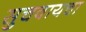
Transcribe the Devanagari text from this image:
सुचवायचा